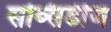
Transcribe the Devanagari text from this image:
सब्सिडीज